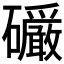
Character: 𪿿